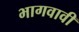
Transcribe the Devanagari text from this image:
भागवावी